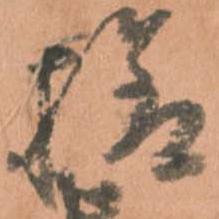
様